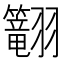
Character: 𬖅